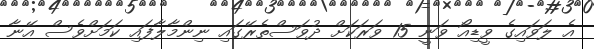
އެ ލަވައިގެ ވީޑިއޯ ވަނީ 15 ވަރަކަށް ދުވަސްތެރޭގައި ނިންމާލާފައި ކަމަށްވެސް އޭނާ